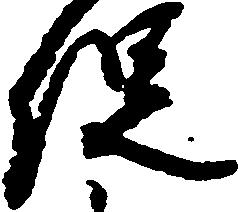
促